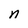
Character: n